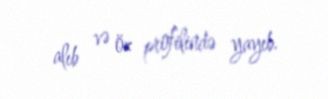
alıb və öz profilində yayıb.